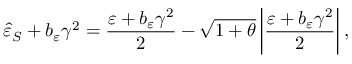
\hat { \varepsilon } _ { S } + b _ { \varepsilon } \gamma ^ { 2 } = \frac { \varepsilon + b _ { \varepsilon } \gamma ^ { 2 } } { 2 } - \sqrt { 1 + \theta } \left\vert \frac { \varepsilon + b _ { \varepsilon } \gamma ^ { 2 } } { 2 } \right\vert ,